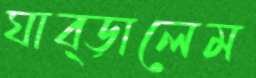
ঘাব্‌ড়ালেম